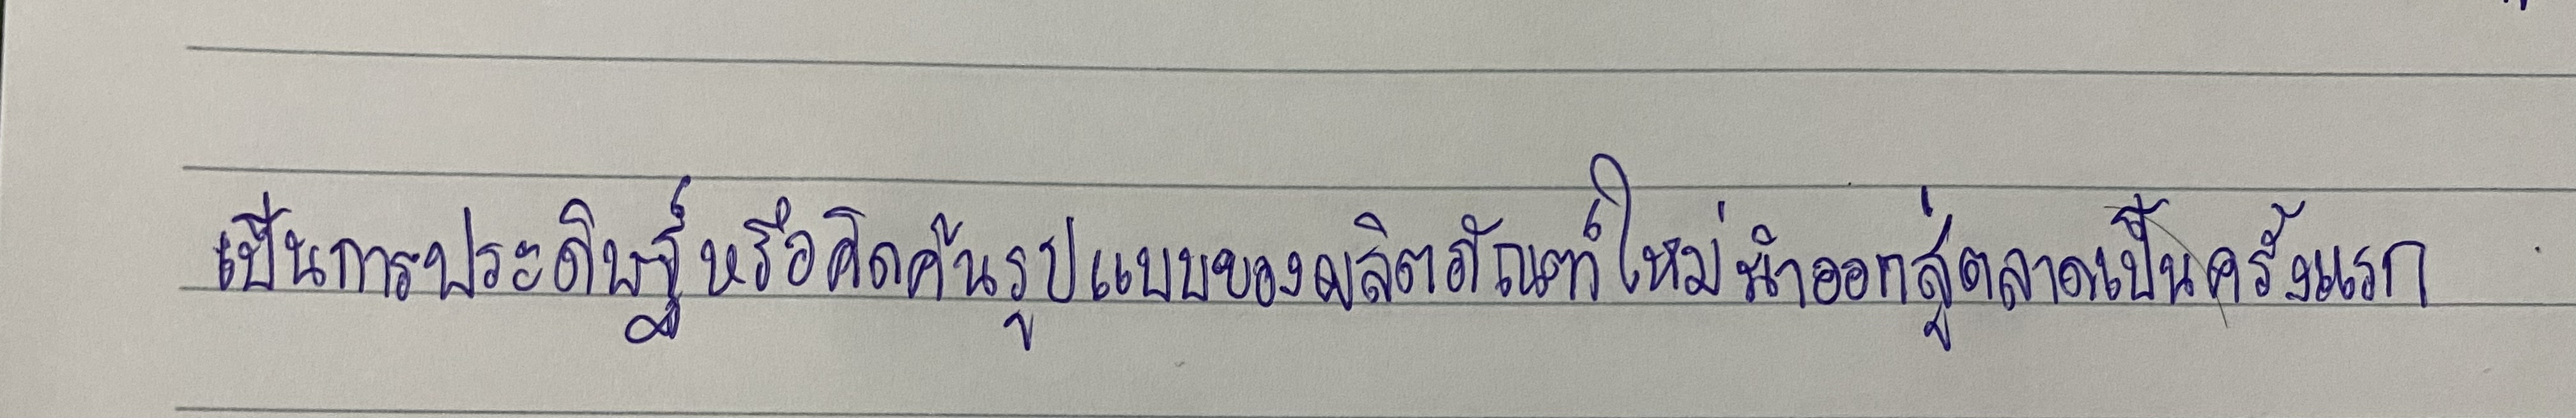
เป็นการประดิษฐ์หรือคิดค้นรูปแบบของผลิตภัณฑ์ใหม่นำออกสู่ตลาดเป็นครั้งแรก